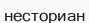
несториан